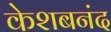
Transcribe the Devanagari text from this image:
केशबनंद